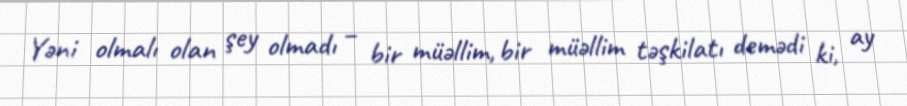
Yəni olmalı olan şey olmadı – bir müəllim, bir müəllim təşkilatı demədi ki, ay